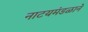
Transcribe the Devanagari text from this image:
नाटयमंडळाने